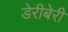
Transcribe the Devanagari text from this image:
डेरीबेरी